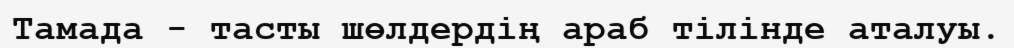
Тамада - тасты шөлдердің араб тілінде аталуы.